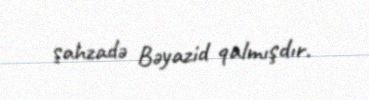
şahzadə Bəyazid qalmışdır.